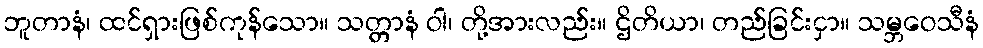
ဘူတာနံ၊ ထင်ရှားဖြစ်ကုန်သော။ သတ္တာနံ ဝါ၊ တို့အားလည်း။ ဌိတိယာ၊ တည်ခြင်းငှာ။ သမ္ဘဝေသီနံ